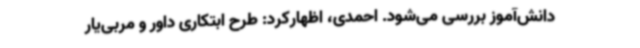
دانش‌آموز بررسی می‌شود. احمدی، اظهارکرد: طرح ابتکاری داور و مربی‌یار